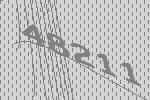
48211